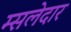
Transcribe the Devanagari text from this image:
म्सलेदार